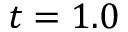
t = 1 . 0